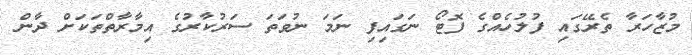
މުޒާހަރާ ތެރޭގައި ފުލުހެއްގެ ފޮޓޯ ނަގައިފި ނަމަ ނުވަތަ ސަރުކާރުގެ އިމާރާތްތަކަށް ދާން